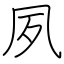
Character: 夙